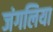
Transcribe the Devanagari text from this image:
जंगलिया